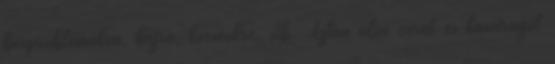
bőrproblémákra, hajra, körmökre. stb. Aztán aloe verát és kasvirágot